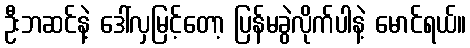
ဦးဘဆင်နဲ့ ဒေါ်လှမြင့်တော့ ပြန်မခွဲလိုက်ပါနဲ့ မောင်ရယ်။